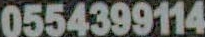
0554399114